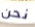
نحن